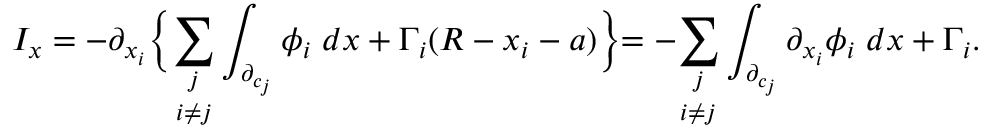
I _ { x } = - \partial _ { x _ { i } } \biggl \{ \underset { i \neq j } { \sum _ { j } } \int _ { \partial _ { c _ { j } } } \phi _ { i } \; d x + \Gamma _ { i } ( R - x _ { i } - a ) \biggl \} = - \underset { i \neq j } { \sum _ { j } } \int _ { \partial _ { c _ { j } } } \partial _ { x _ { i } } \phi _ { i } \; d x + \Gamma _ { i } .